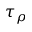
\tau _ { \rho }